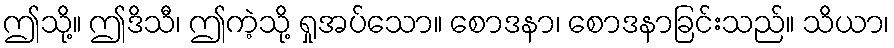
ဤသို့။ ဤဒိသီ၊ ဤကဲ့သို့ ရှုအပ်သော။ စောဒနာ၊ စောဒနာခြင်းသည်။ သိယာ၊